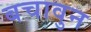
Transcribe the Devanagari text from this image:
बचावुन